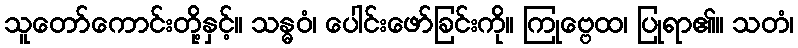
သူတော်ကောင်းတို့နှင့်။ သန္ဓဝံ၊ ပေါင်းဖော်ခြင်းကို။ ကြုဗ္ဗေထ၊ ပြုရာ၏။ သတံ၊